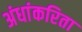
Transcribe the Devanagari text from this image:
अंधांकरिता